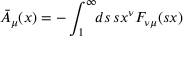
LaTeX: \bar { A } _ { \mu } ( x ) = - \int _ { 1 } ^ { \infty } \! \! d s \, s x ^ { \nu } F _ { \nu \mu } ( s x )